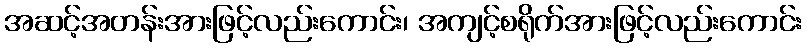
အဆင့်အတန်းအားဖြင့်လည်းကောင်း၊ အကျင့်စရိုက်အားဖြင့်လည်းကောင်း